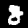
Label: 8